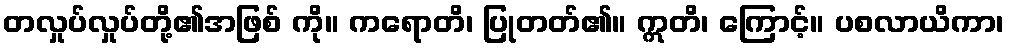
တလှုပ်လှုပ်တို့၏အဖြစ် ကို။ ကရောတိ၊ ပြုတတ်၏။ ဣတိ၊ ကြောင့်။ ပစလာယိကာ၊